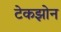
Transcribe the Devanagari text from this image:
टेकझोन